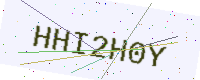
Text: HHI2H0Y